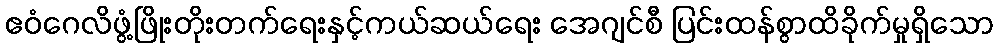
ဧဝံဂေလိဖွံ့ဖြိုးတိုးတက်ရေးနှင့်ကယ်ဆယ်ရေး အေဂျင်စီ ပြင်းထန်စွာထိခိုက်မှုရှိသော